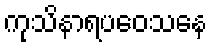
ကုသိနာရပဝေသနေ